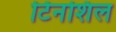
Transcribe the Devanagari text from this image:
टिनशिल